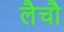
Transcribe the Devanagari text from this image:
लैचौ